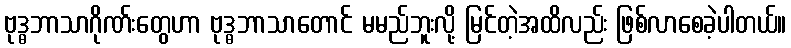
ဗုဒ္ဓဘာသာဂိုဏ်းတွေဟာ ဗုဒ္ဓဘာသာတောင် မမည်ဘူးလို့ မြင်တဲ့အထိလည်း ဖြစ်လာစေခဲ့ပါတယ်။